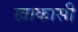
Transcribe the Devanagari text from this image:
खाकासी